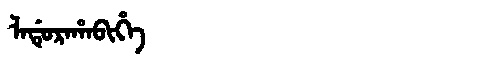
Manchu: ᠯᠠᡩᡠᡵᠠᡥᠠᠪᡳᡥᡝ
Romanization: LADURAHABIHE